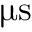
\upmu \mathrm { s }